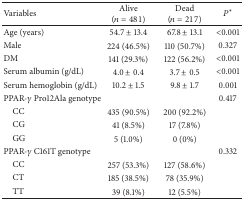
| Variables | Alive (n = 481) | Dead (n = 217) | P* |
 | --- | --- | --- | --- |
 | Age (years) | 54.7 ± 13.4 | 67.8 ± 13.1 | <0.001 |
 | Male | 224 (46.5%) | 110 (50.7%) | 0.327 |
 | DM | 141 (29.3%) | 122 (56.2%) | <0.001 |
 | Serum albumin (g/dL) | 4.0 ± 0.4 | 3.7 ± 0.5 | <0.001 |
 | Serum hemoglobin (g/dL) | 10.2 ± 1.5 | 9.8 ± 1.7 | 0.001 |
 | PPAR-γ Pro12Ala genotype |  |  | 0.417 |
 | CC | 435 (90.5%) | 200 (92.2%) |  |
 | CG | 41 (8.5%) | 17 (7.8%) |  |
 | GG | 5 (1.0%) | 0 (0%) |  |
 | PPAR-γ C161T genotype |  |  | 0.332 |
 | CC | 257 (53.3%) | 127 (58.6%) |  |
 | CT | 185 (38.5%) | 78 (35.9%) |  |
 | TT | 39 (8.1%) | 12 (5.5%) |  |